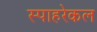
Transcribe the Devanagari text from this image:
स्पाहरेकल